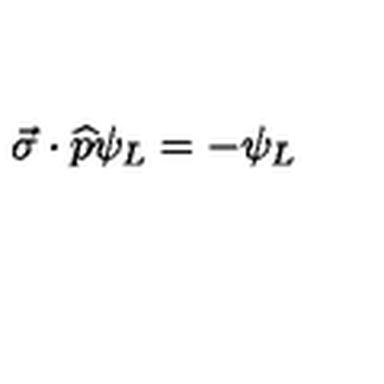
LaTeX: \vec { \sigma } \cdot \widehat { p } \psi _ { L } = - \psi _ { L }